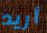
أريد